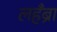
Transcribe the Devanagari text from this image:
लहँब्रा